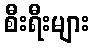
စီးရီးများ